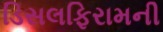
ડિસલફિરામની